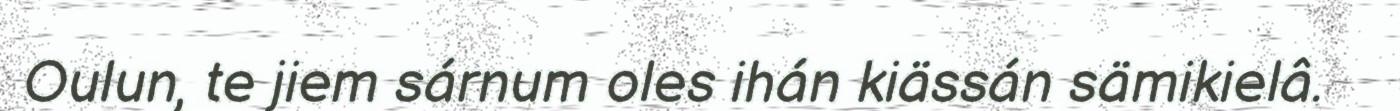
Oulun, te jiem sárnum oles ihán kiässán sämikielâ.